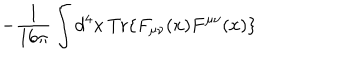
- \frac { 1 } { 1 6 \pi } \int d ^ { 4 } x \, \mathrm { T r } \{ F _ { \mu \nu } ( x ) F ^ { \mu \nu } ( x ) \}